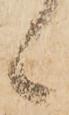
候